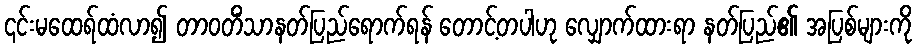
၎င်းမထေရ်ထံလာ၍ တာဝတိံသာနတ်ပြည်ရောက်ရန် တောင့်တပါဟု လျှောက်ထားရာ နတ်ပြည်၏ အပြစ်များကို